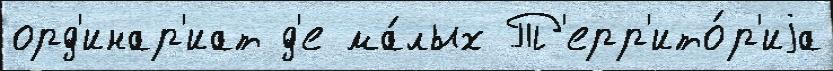
орд'инар'иат д'е ма́лых Т'ерр'ито́р'иjа